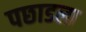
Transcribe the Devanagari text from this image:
पछाडला